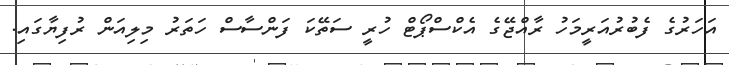
އަހަރުގެ ފެބުރުއަރީމަހު ރާއްޖޭގެ އެކްސްޕޯޓް ހުރީ ސަތޭކަ ފަންސާސް ހަތަރު މިލިއަން ރުފިޔާގައި.